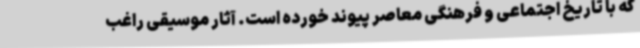
که با تاریخ اجتماعی و فرهنگی معاصر پیوند خورده است. آثار موسیقی راغب